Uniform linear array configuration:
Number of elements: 16
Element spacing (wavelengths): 0.5
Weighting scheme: hamming
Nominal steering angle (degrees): -30
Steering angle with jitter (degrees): -28.56
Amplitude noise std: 0.05
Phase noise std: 0.05

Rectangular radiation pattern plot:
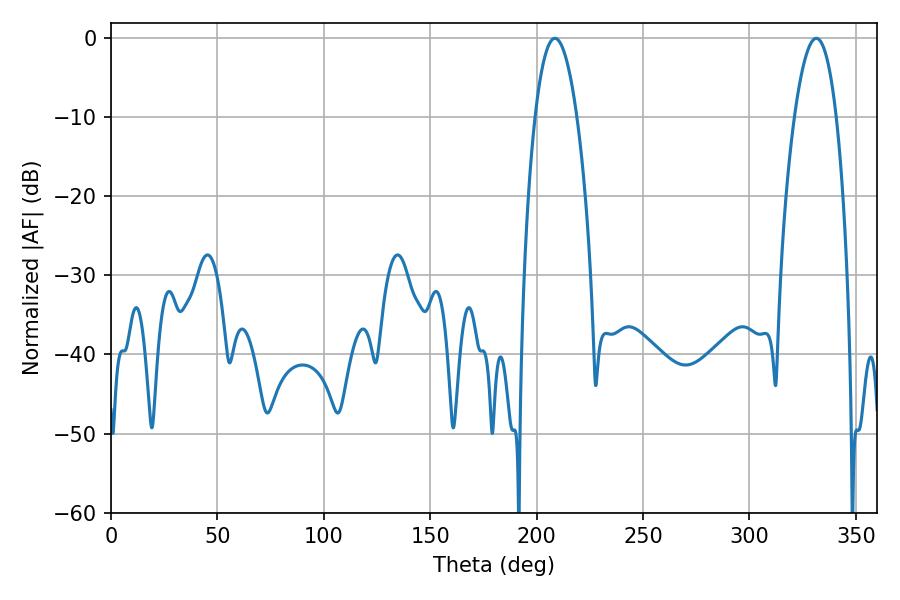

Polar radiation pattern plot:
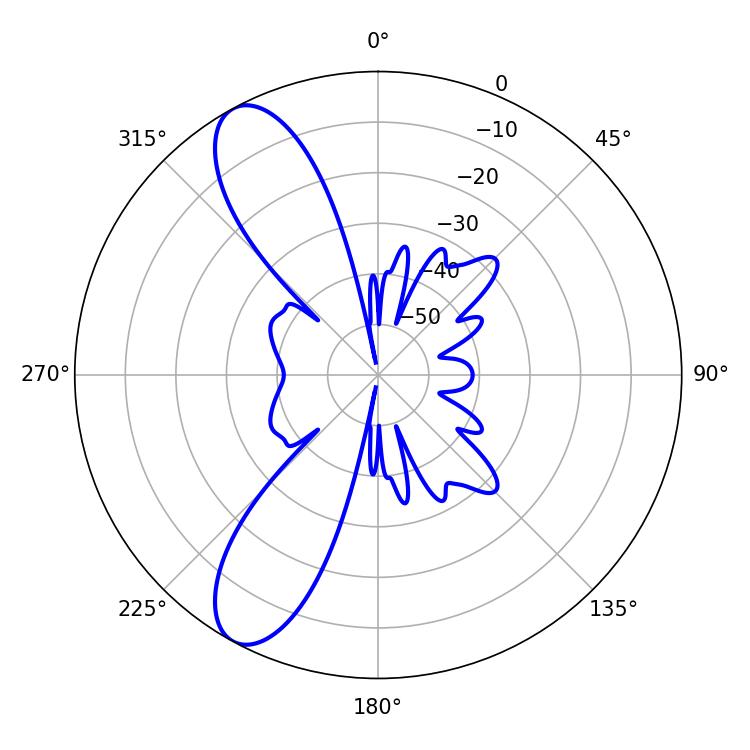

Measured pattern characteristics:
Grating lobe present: FALSE
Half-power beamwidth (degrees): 10.98
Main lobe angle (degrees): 208.62